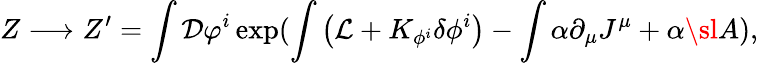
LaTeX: Z\longrightarrow Z^{\prime}=\int{\cal D}\varphi^{i}\exp(\int\big({\cal L}+K_{\phi^{i}}\delta\phi^{i}\big)-\int\alpha\partial_{\mu}J^{\mu}+\alpha{\sl A}),